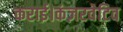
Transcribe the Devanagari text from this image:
कराई।कंज़रवेटिव